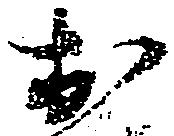
於